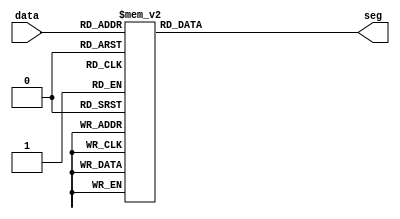
/*
 * $File: digseg_driver.v
 * $Date: Fri Oct 25 15:53:01 2013 +0800
 * $Author: jiakai <jia.kai66@gmail.com>
 */

/*
 * 4-bit (one hex digit) digit 7-segment display driver
 */
module digseg_driver(
	input [3:0] data,
	output reg [0:6] seg);

	always @(*) begin
		case (data)
			4'b0000: seg = 7'b1111110;
			4'b0001: seg = 7'b0110000;
			4'b0010: seg = 7'b1101101;
			4'b0011: seg = 7'b1111001;
			4'b0100: seg = 7'b0110011;
			4'b0101: seg = 7'b1011011;
			4'b0110: seg = 7'b1011111;
			4'b0111: seg = 7'b1110000;
			4'b1000: seg = 7'b1111111;
			4'b1001: seg = 7'b1110011;
			4'b1010: seg = 7'b1110111;
			4'b1011: seg = 7'b0011111;
			4'b1100: seg = 7'b1001110;
			4'b1101: seg = 7'b0111101;
			4'b1110: seg = 7'b1001111;
			4'b1111: seg = 7'b1000111;
		endcase
	end
endmodule